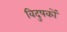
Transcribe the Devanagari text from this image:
विदुषकों